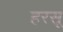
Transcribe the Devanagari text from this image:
हरसू